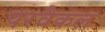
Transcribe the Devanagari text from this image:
परवैकल